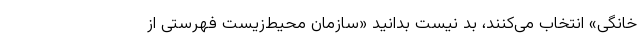
خانگی» انتخاب می‌کنند، بد نیست بدانید «سازمان محیط‌زیست فهرستی از